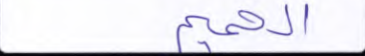
الحميم